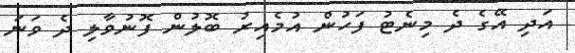
އަދި އޭގެ ދެ މިނެޓު ފަހުން އުމެއިރު ބޮލުން ފޮނުވާލި ދެ ވަނަ